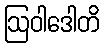
ဩဝါဒေါတိ